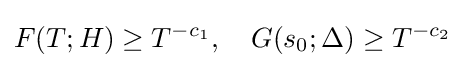
F(T;H)\geq T^{-c_{1}},\quad G(s_{0};\Delta )\geq T^{-c_{2}}